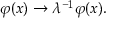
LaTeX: \varphi ( x ) \rightarrow \lambda ^ { - 1 } \varphi ( x ) .